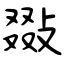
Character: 敠